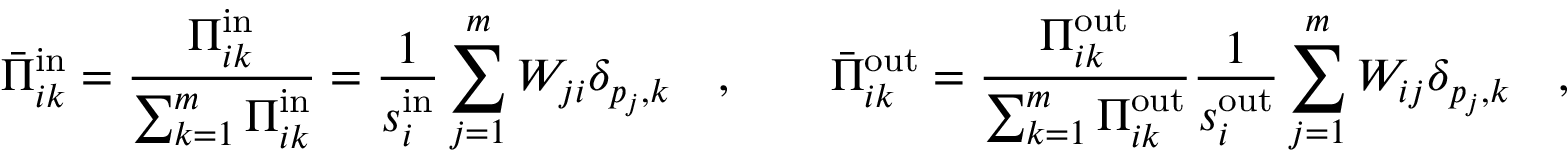
\bar { \Pi } _ { i k } ^ { \mathrm { i n } } = \frac { \Pi _ { i k } ^ { \mathrm { i n } } } { \sum _ { k = 1 } ^ { m } \Pi _ { i k } ^ { \mathrm { i n } } } = \frac { 1 } { s _ { i } ^ { \mathrm { i n } } } \sum _ { j = 1 } ^ { m } W _ { j i } \delta _ { p _ { j } , k } \quad , \qquad \bar { \Pi } _ { i k } ^ { \mathrm { o u t } } = \frac { \Pi _ { i k } ^ { \mathrm { o u t } } } { \sum _ { k = 1 } ^ { m } \Pi _ { i k } ^ { \mathrm { o u t } } } \frac { 1 } { s _ { i } ^ { \mathrm { o u t } } } \sum _ { j = 1 } ^ { m } W _ { i j } \delta _ { p _ { j } , k } \quad ,